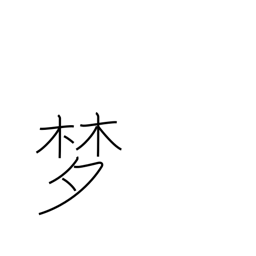
Meaning: visionary